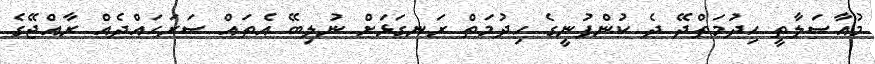
މުއާސަލާތީ ހިދުމަތްދޭ ދެ ކުންފުނީގެ ހިދުމަތް ރަނގަޅަށް ނުލިބޭ އެތައް ސަރަހައްދެއް ރާއްޖޭގެ